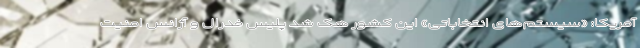
آمریکا: «سیستم‌های انتخاباتی» این کشور هک شد پلیس فدرال و آژانس امنیت